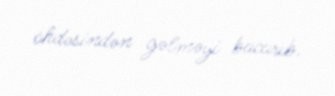
öhdəsindən gəlməyi bacarıb.